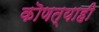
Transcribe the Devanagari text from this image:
कॊणत्याही